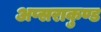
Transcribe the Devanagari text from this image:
अप्सराकुण्ड